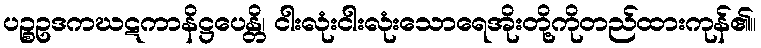
ပဉ္စဥဒကဃဋကာနိဋ္ဌပေန္တိ၊ ငါးလုံးငါးလုံးသောရေအိုးတို့ကိုတည်ထားကုန်၏။